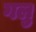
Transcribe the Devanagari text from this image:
गलु